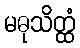
မဓုသိတ္ထံ